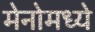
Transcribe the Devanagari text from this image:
मेनोमध्ये